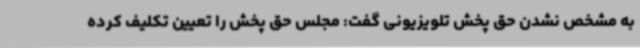
به مشخص نشدن حق پخش تلویزیونی گفت: مجلس حق پخش را تعیین تکلیف کرده